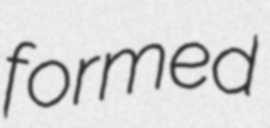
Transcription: formed